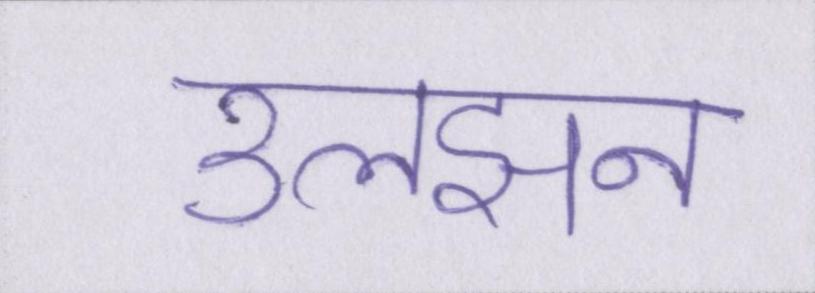
उलझन